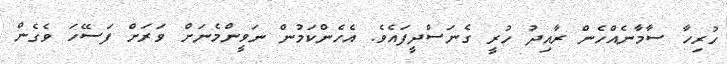
ހުރިހާ ސާމާނެއްހެން ރާއިދު ހުރީ ގެނަސްދީފައެވެ. އެހެންކަމުން ނަވީންމެނަށް ވަރަށް ފަސޭހަ ވެގެން